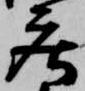
庄